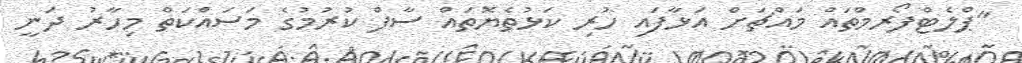
"ޕްލެޓްފޯރމްތައް މައްޗަށް އަޅާފައި ހުރި ކަޅުތެޔޮތައް ސާފް ކުރުމުގެ މަސައްކަތް މިހާރު ދަނީ